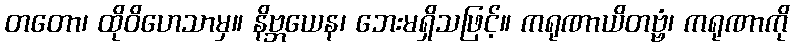
တတော၊ ထိုဝိဟေသာမှ။ နိဗ္ဘယေန၊ ဘေးမရှိသဖြင့်။ ကရုဏာယိတဗ္ဗံ၊ ကရုဏာကို